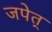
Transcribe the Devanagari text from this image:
जपेत्